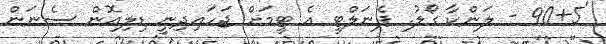
'90+5 - ލަންކާ ގޯލު. ޕެނަލްޓީ އެ ޓީމަށް ޖަހައިދިނީ ޑިލިއޮން ސެނަން